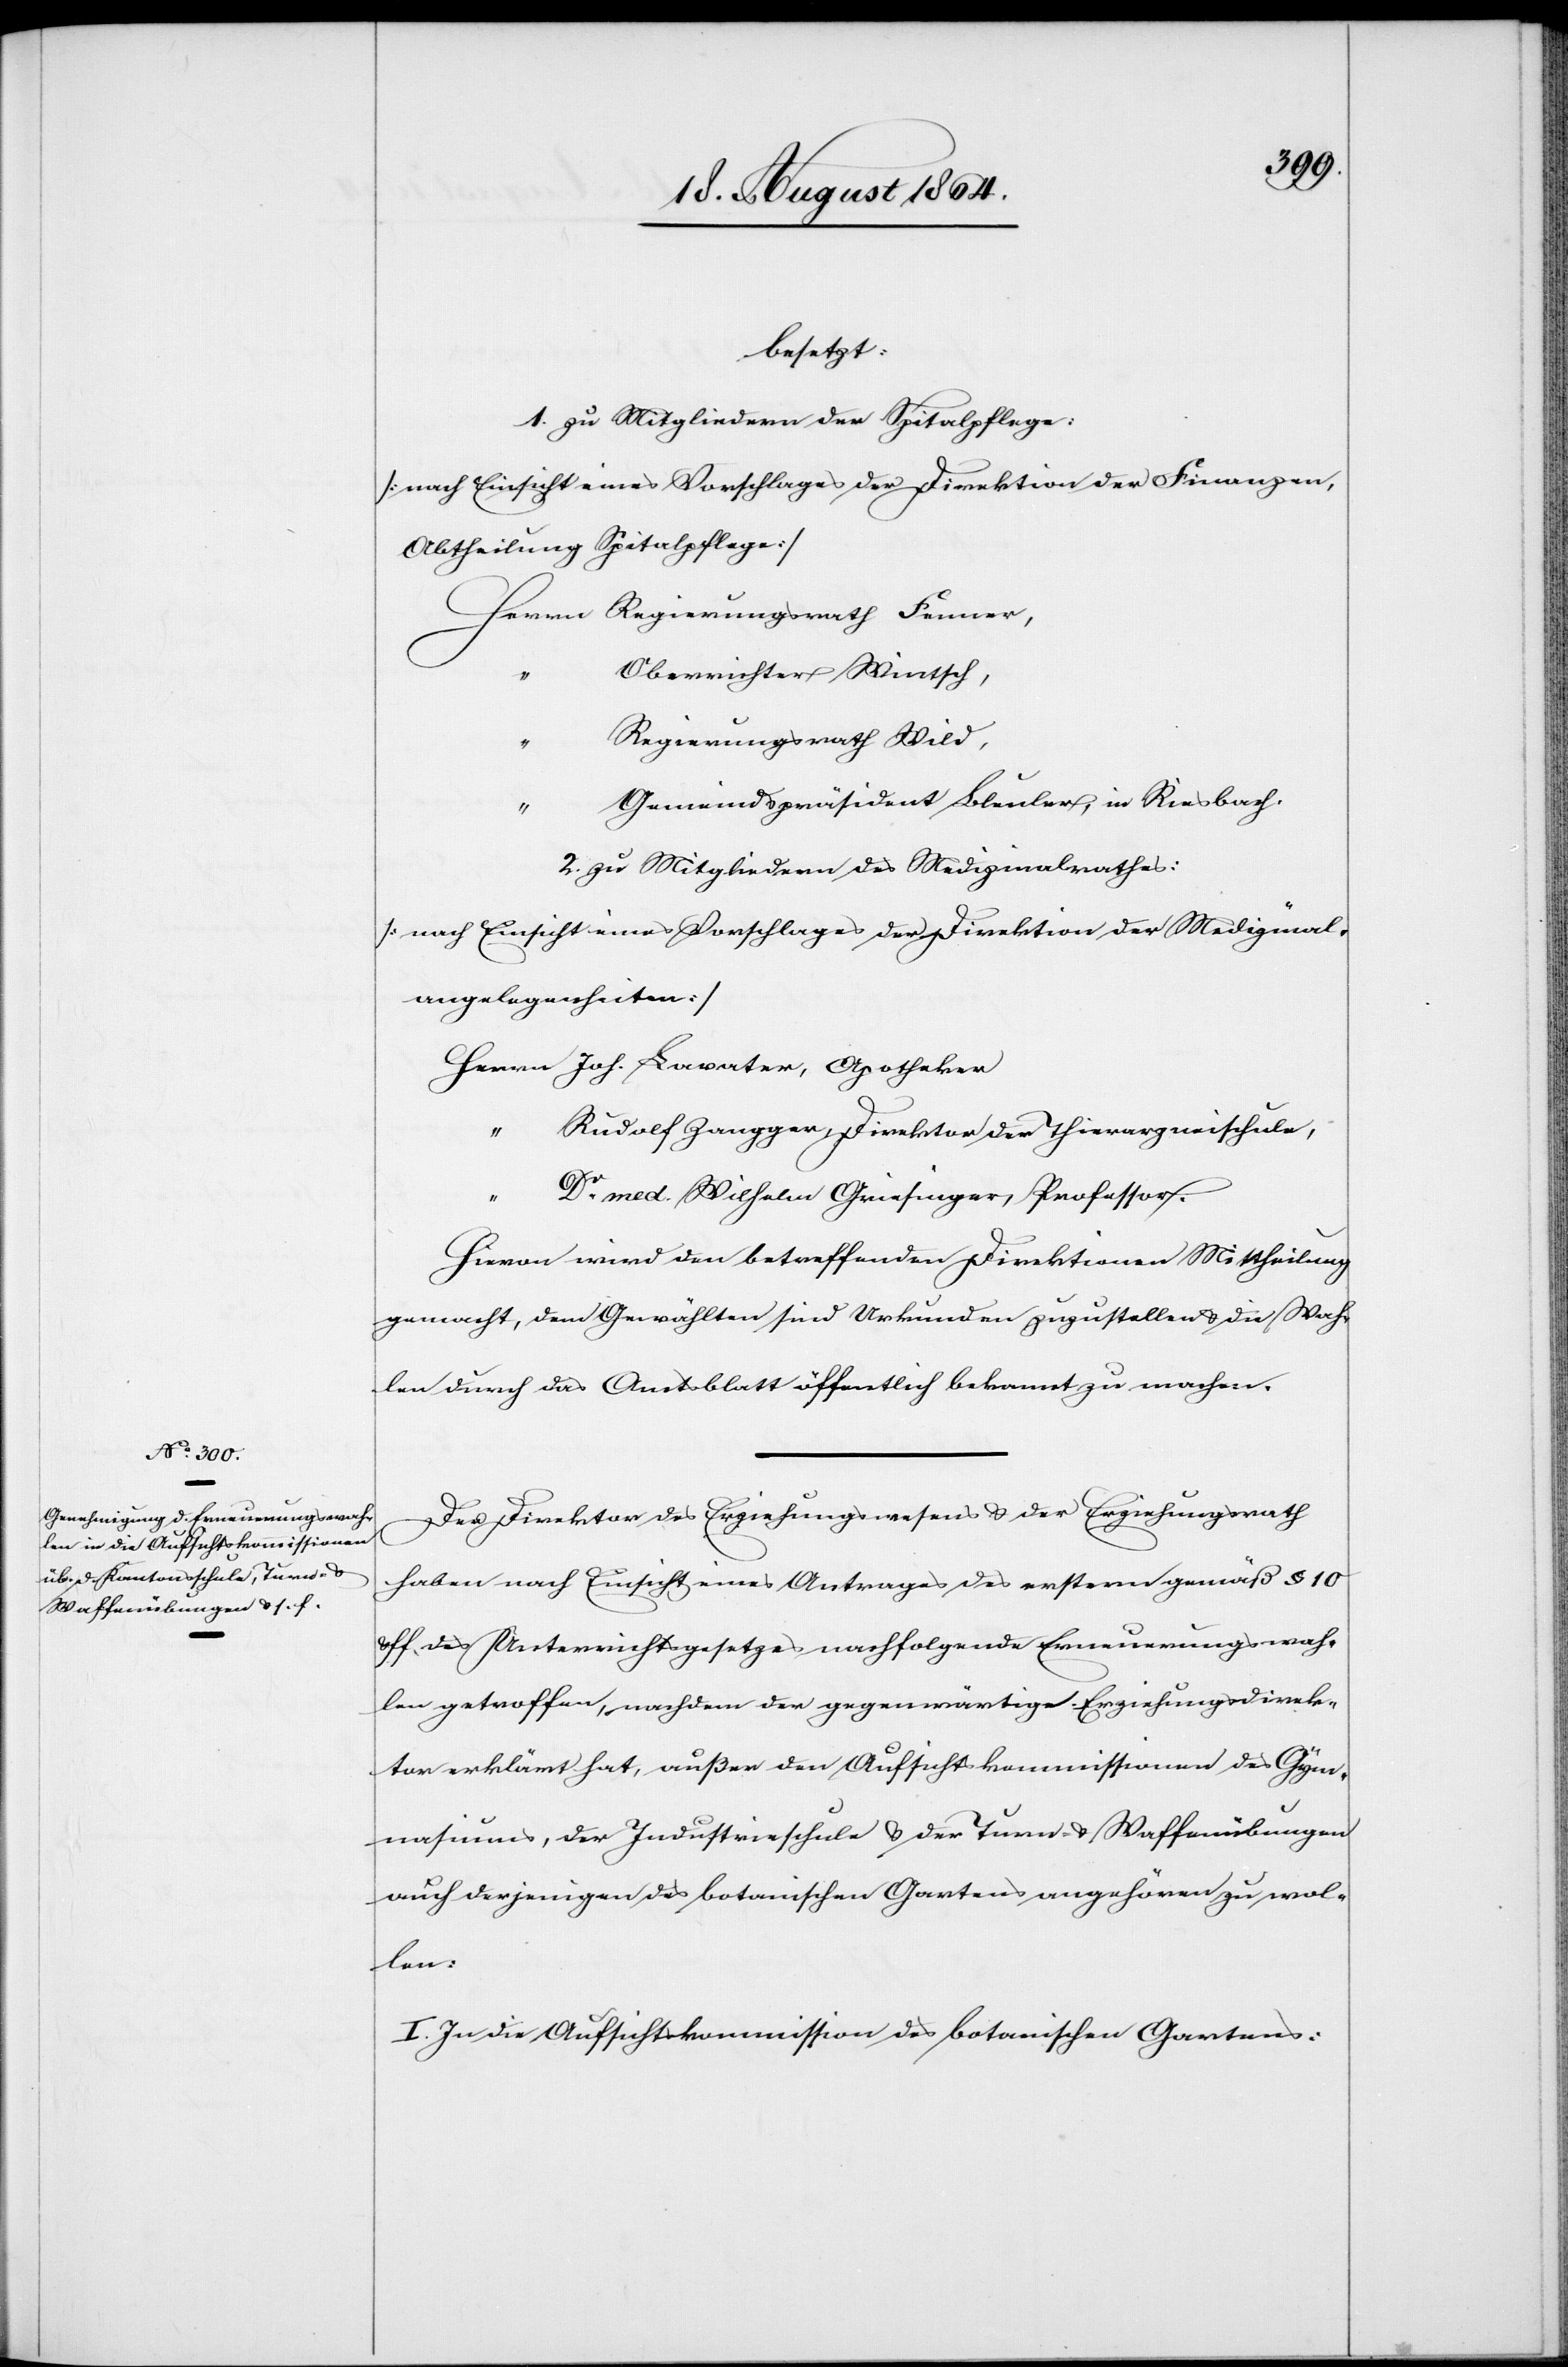
besetzt:
1. zu Mitgliedern der Spitalpflege.
[nach Einsicht eines Vorschlages der Direktion der Finanzen,
Abtheilung Spitalpflege]
Herrn Regierungsrath Fenner,
Oberrichter Wintsch
Regierungsrath Wild,
Gemeindspräsident Bleuler, in Riesbach.
2. zu Mitgliedern des Medizinalrathes:
[nach Einsicht eines Vorschlages der Direktion der Medizinal¬
angelegenheiten]
Herrn Joh. Lavater, Apotheker
Rudolf Zangger, Direktor der Thierarzneischule,
“
Dr. med. Wilhelm Griesinger, Professor.
Hievon wird den betreffenden Direktionen Mittheilung
gemacht, den Gewählten sind Urkunden zuzustellen & die Wah¬
len durch das Amtsblatt öffentlich bekannt zu machen.
Der Direktor des Erziehungswesens & der Erziehungsrath
haben nach Einsicht eines Antrages des erstern gemäß § 10
ff. des Unterrichtsgesetzes nachfolgende Erneuerungswah¬
len getroffen, nachdem der gegenwärtige Erziehungsdirek¬
tor erklärt hat, außer den Aufsichtskommissionen des Gym¬
nasiums, der Industrieschule & der Turn- & Waffenübungen
auch derjenigen des botanischen Gartens angehören zu wol¬
len:
I. In die Aufsichtskommission des botanischen Gartens: